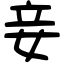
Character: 妾